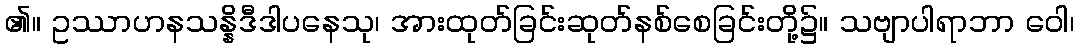
၏။ ဥဿာဟနသန္နိဒီဒါပနေသု၊ အားထုတ်ခြင်းဆုတ်နစ်စေခြင်းတို့၌။ သဗျာပါရာဘာ ဝေါ၊